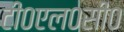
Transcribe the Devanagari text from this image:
टी०एल०सी०